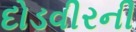
દોડવીરની